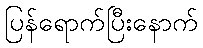
ပြန်ရောက်ပြီးနောက်